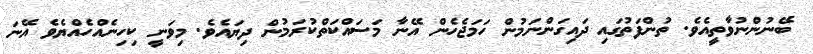
ބޭނުންނުވާތީއެވެ. ތުންފަތުގައި ދައިގަންނަމުން ހަމަޖެހެން އޭނާ މަސައްކަތްކުރަމުން ދިޔައެވެ. މިވަނީ ކިހިނެއްހެއްޔެވެ އޭނަ